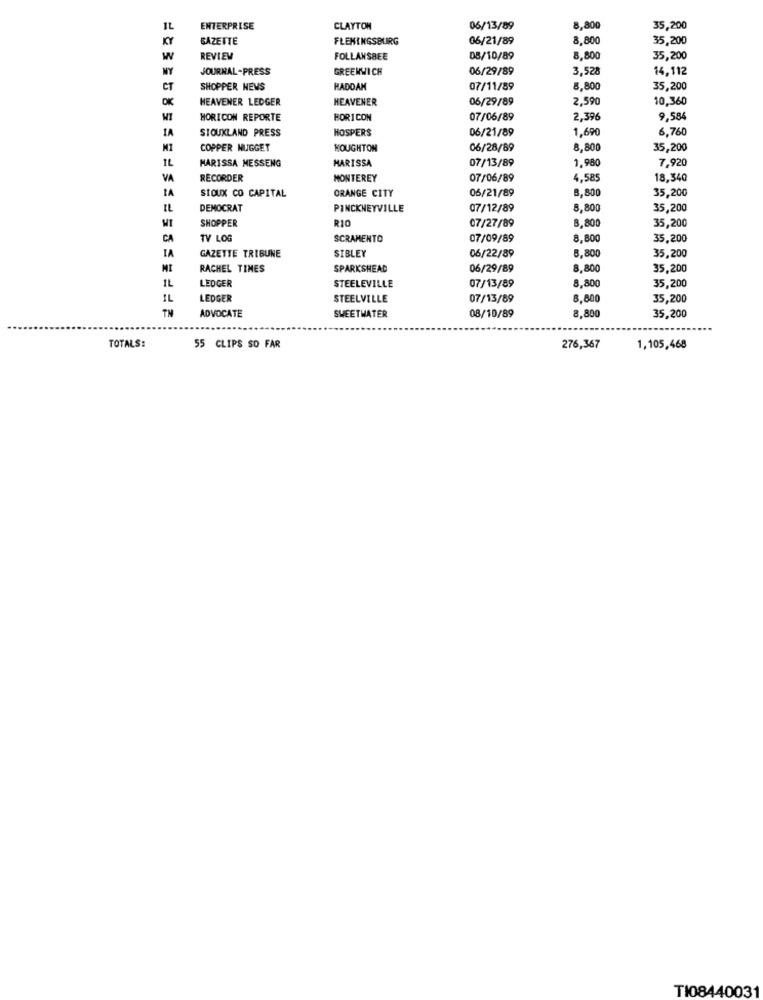
ENTERPRISE
CLAYTON
06/13/89
8,800
35,200
KY
GAZETTE
FLEMINGSBURG
06/21/89
8,800
35,200
W
REVIEW
FOLLANSBEE
05/10/89
8,800
35,200
NY
JOURNAL-PRESS
GREENWICH
06/29/89
3,528
14,112
CT
SHOPPER NEWS
HADDAN
07/11/89
8,800
35,200
OK
HEAVENER LEDGER
HEAVENER
06/29/89
2,590
10,360
HORICON REPORTE
HORICON
07/06/89
2,396
9,58
IA
SIOUXLAND PRESS
HOSPERS
06/21/89
1,690
6,760
COPPER NUGGET
HOUGHTON
06/28/89
8,800
35,200
IL
MARISSA MESSENG
MARISSA
07/13/89
1,980
7,920
VA
RECORDER
MONTEREY
07/06/89
4,58
18,340
IA
SIOUX CO CAPITAL
06/21/89
8,800
35,200
ORANGE CITY
IL
DEMOCRAT
PINCKNEYVILLE
07/12/89
8,800
35,200
SHOPPER
RIO
07/27/89
WI
8,800
35,200
CA
TV LOS
SCRAMENTO
07/09/89
8,800
35,200
IA
GAZETTE TRIBUNE
SIBLEY
06/22/89
8,800
35,200
MI
RACHEL TIMES
SPARKSHEAD
06/29/89
8,800
35,200
IL
LEDGER
STEELEVILLE
07/13/89
8,800
35,200
IL
LEDGER
STEELVILLE
07/13/89
8,800
35,200
TN
ADVOCATE
SWEETWATER
8,800
35.200
08/10/89
TOTALS:
55 CLIPS SO FAR
276,367
1,105,468
TI08440031